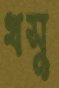
খসু